Leaving Certificate, 1896
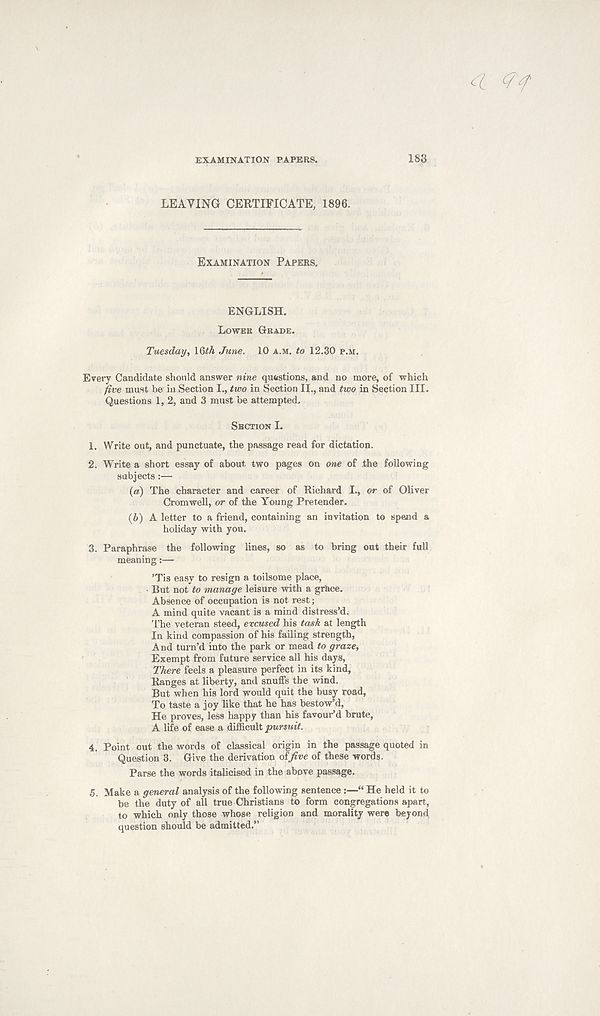
EXAMINATION PAPERS.
183
LEAVING CERTIFICATE, 1896.
EXAMINATION PAPERS.
ENGLISH.
LOWER GRADE.
Tuesday, \§th June. 10 A.M. to 12.30 P.M.
Every Candidate should answer nine questions, and no more, of which
five must be in Section I., two in Section II., and two in Section III.
Questions 1, 2, and 3 must be attempted.
SECTION I.
1. Write out, and punctuate, the passage read for dictation.
2. Write a short essay of about two pages on one of the following
subjects:—
(а) The character and career of Richard L, or of Oliver
Cromwell, or of the Young Pretender.
(б) A letter to a friend, containing an invitation to spend a
holiday with you.
3. Paraphrase the following lines, so as to bring out their full
meaning:—
’Tis easy to resign a toilsome place,
■ But no Wo manage leisure with a grace.
Absence of occupation is not rest;
A mind quite vacant is a mind distress’d.
The veteran steed, excused his task at length
In kind compassion of his failing strength,
And turn’d into the park or mead to graze,
Exempt from future service all his days.
There feels a pleasure perfect in its kind,
Ranges at liberty, and snuffs the wind.
But when his lord would quit the busy road,
To taste a joy like that he has bestow’d,
He proves, less happy than his favour’d brute,
A life of ease a difficult pursuit.
4. Point out the words of classical origin in the passage quoted in
Question 3. Give the derivation oifive of these words.
Parse the words italicised in the above passage.
5. Make a general analysis of the following sentence :—“ He held it to
be the duty of all true Christians to form congregations apart,
to which only those whose religion and morality were beyond
question should be admitted.”